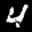
Label: 4